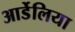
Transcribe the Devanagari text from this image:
आर्डेलिया